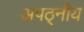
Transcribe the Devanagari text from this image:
अपठ्नीय